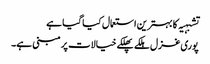
تشبہیہ کا بہترین استعمال کیا گیا ہے
پوری غزل ہلکے پھلکے خیالات پر مبنی ہے۔